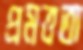
প্রমত্ততা